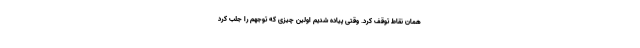
همان نقاط توقف کرد. وقتی پیاده شدیم اولین چیزی که توجهم را جلب کرد